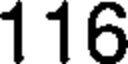
116